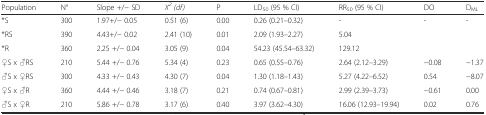
<table><thead><tr><td><b>Population</b></td><td><b>N°</b></td><td><b>Slope +/− SD</b></td><td><b><i>X</i><sup><i>2</i></sup><i>(df)</i></b></td><td><b>P</b></td><td><b>LD<sub>50</sub> (95 % CI)</b></td><td><b>RR<sub>50</sub> (95 % CI)</b></td><td><b>DO</b></td><td><b>D<sub>ML</sub></b></td></tr></thead><tbody><tr><td>*S</td><td>300</td><td>1.97+/− 0.05</td><td>0.51 (6)</td><td>0.00</td><td>0.26 (0.21–0.32)</td><td>-</td><td>-</td><td>-</td></tr><tr><td>*RS</td><td>390</td><td>4.43+/− 0.02</td><td>2.41 (10)</td><td>0.01</td><td>2.09 (1.93–2.27)</td><td>5.04</td><td></td><td></td></tr><tr><td>*R</td><td>360</td><td>2.25 +/− 0.04</td><td>3.05 (9)</td><td>0.04</td><td>54.23 (45.54–63.32)</td><td>129.12</td><td></td><td></td></tr><tr><td>♀S x ♂RS</td><td>210</td><td>5.44 +/− 0.76</td><td>5.34 (4)</td><td>0.23</td><td>0.65 (0.55–0.76)</td><td>2.64 (2.12–3.29)</td><td>−0.08</td><td>−1.37</td></tr><tr><td>♂S x ♀RS</td><td>300</td><td>4.33 +/− 0.43</td><td>4.30 (7)</td><td>0.04</td><td>1.30 (1.18–1.43)</td><td>5.27 (4.22–6.52)</td><td>0.54</td><td>−8.07</td></tr><tr><td>♀S x ♂R</td><td>360</td><td>4.44 +/− 0.46</td><td>3.18 (7)</td><td>0.21</td><td>0.74 (0.67–0.81)</td><td>2.99 (2.39–3.73)</td><td>−0.61</td><td>0.00</td></tr><tr><td>♂S x ♀R</td><td>210</td><td>5.86 +/− 0.78</td><td>3.17 (6)</td><td>0.40</td><td>3.97 (3.62–4.30)</td><td>16.06 (12.93–19.94)</td><td>0.02</td><td>0.76</td></tr></tbody></table>